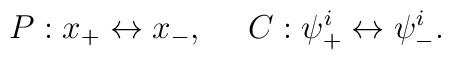
P: x_+ \leftrightarrow x_-, ~~~~ C: \psi_+^i \leftrightarrow\psi_-^i.